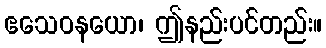
ဧသေဝနယော၊ ဤနည်းပင်တည်း။